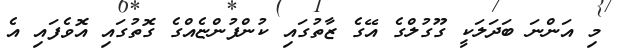
މި އަންނަ ބަދަލަކީ ގޫގުލްގެ އޭގެ ޒާތުގައި ކުންފުންޏެއްގެ ގޮތުގައި އޮވެފައި އެ